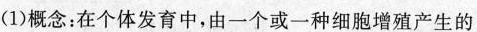
(1)概念：在个体发育中，由一个或一种细胞增殖产生的